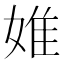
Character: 婎